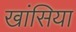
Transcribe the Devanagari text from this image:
खांसिया